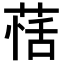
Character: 𦳇